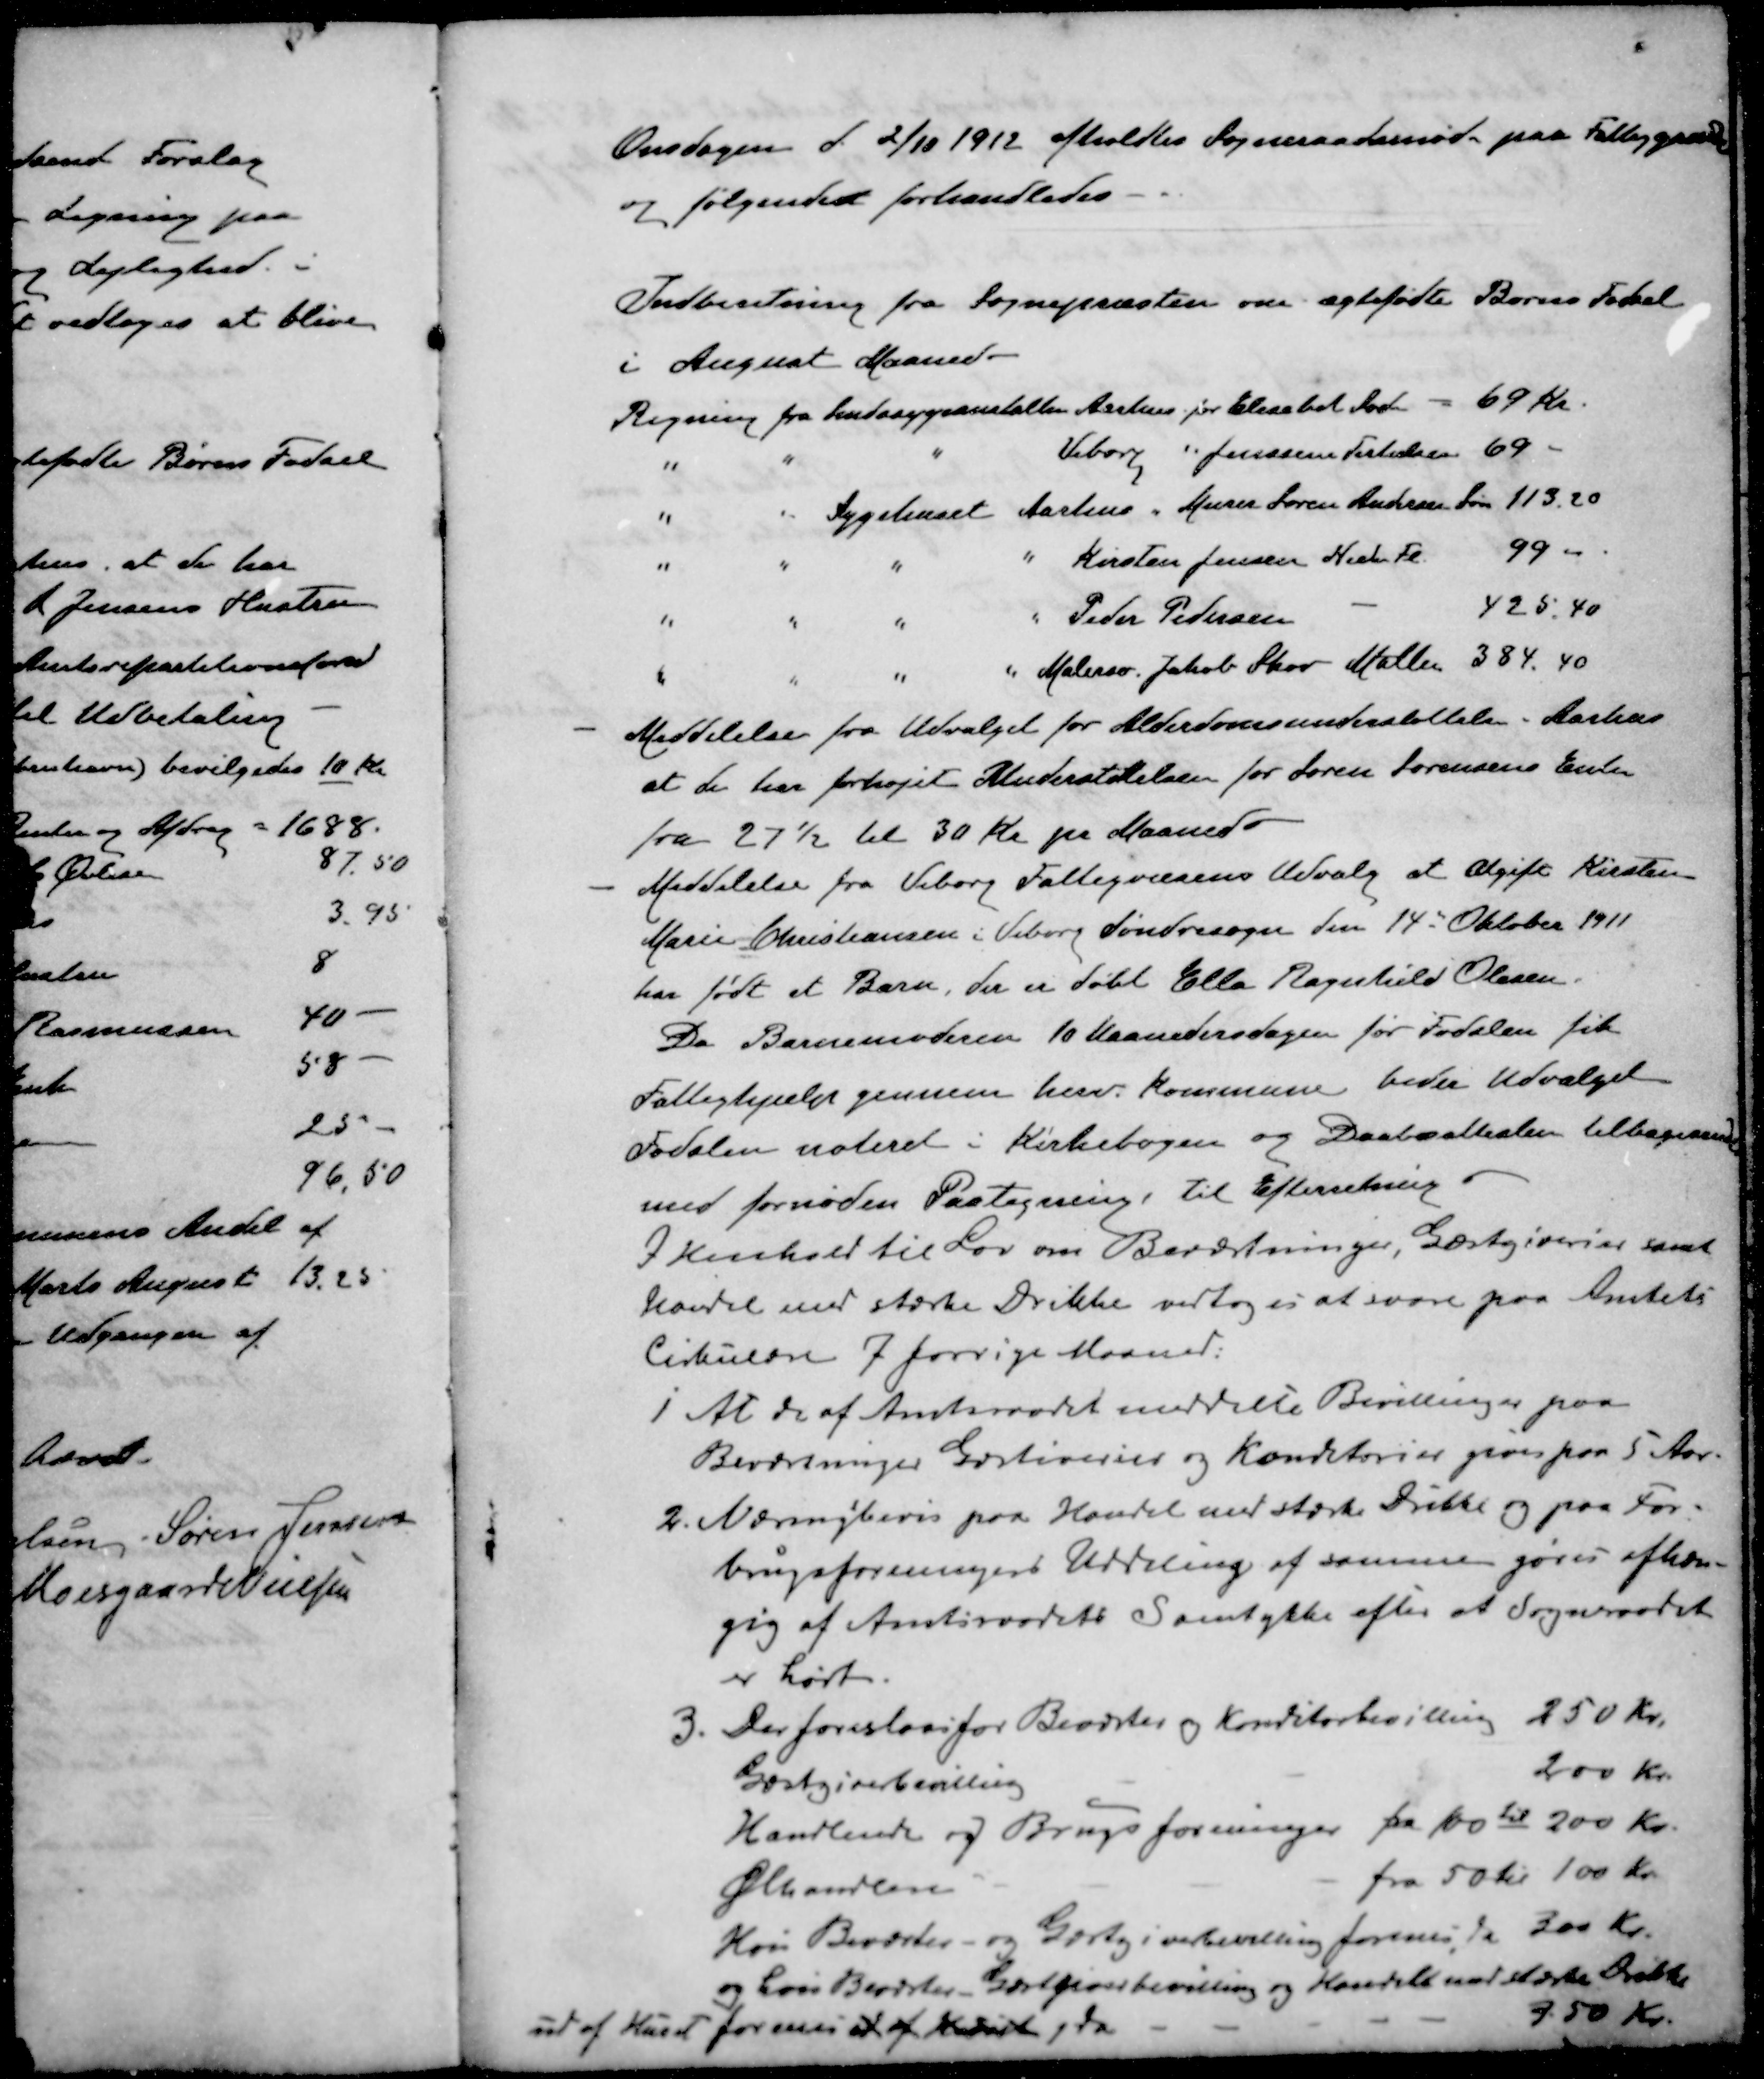
Transskription:
Onsdagen d. 2/10 1912 afholdtes Sogneraadsmøde paa Fattiggaarden
og følgende forhandledes
Indberetning fra Sognepræsten om ægtefødte Børns Fødsel
i August Maaned
Regning fra Sindssygeanstalten Aarhus for Elisabet Sods - 69 Kr.
" " " Viborg " Jenssine Terkelsen 69 -
" " Sygehuset Aarhus " Murer Søren Andersens Søn 113.20
" " " " Kirsten Jensen Nedre Fl 99 "
" " " " Peder Pedersen - 425,40
" " " " Malersv. Jakob Skov Mallen 384,40
- Meddelelse fra Udvalget for Alderdomsunderstøttelse - Aarhus
at de har forhøjet Understøttelsen for Søren Sørensens Enke
fra 27½ til 30 Kr pr Maanede
- Meddelelse fra Viborg Fattigvæsens Udvalg at Ugift Kirsten
Marie Christiansen i Viborg Søndresogn den 14 Oktober 1911
har født et Barn, der er døbt Ella Ragnhild Olesen.
Da Barnemoderen 10 Maanedersdagen for Fødslen fik
Fattighjælp gennem herv. Kommune beder Udvalget
Fødslen noteret i Kirkebogen og Daabsattesten tilbagesent
med fornøden Paategning til Efterretning
I Henhold til Lov om Beværtninger, Gæstgiverier samt
handel med stærke Drikke vedtoges at svare paa Amtets
Cirkulære af forrige Maaned.
1 At de af Amtsraadet meddelte Bevillinger paa
Beværtninger Gæstiverier og Konditorier gives paa 5 Aar.
2. Næringbevis paa Handel med stærke Drikke og paa For-
brugsforeningers Uddeling af samme gøres afhæn-
gig af Amtsraadets Samtykke efter at Sogneraadet
er hørt
3. Der foreslaas for Beværter og Konditorbevilling 250 Kr.
Gæstgiverbevilling 200 Kr.
Handlende og Brugsforeninger fra 10 kr 200 Kr.
Ølhandlen fra 50 Kr 100 kr.
Hvis Beværter- og Gærtgiverbevilling forening da 200 Kr.
og hvis Beværter Gærtgodsbevilling og Handels var stærke Drikk
udaf Huset forenes at af Huset da 3.50 Kr.